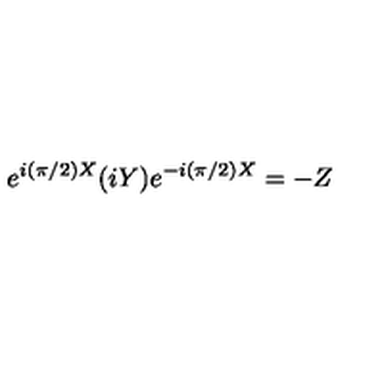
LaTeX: e ^ { i ( { \pi } / { 2 } ) X } ( i Y ) e ^ { - i ( { \pi } / { 2 } ) X } = - Z